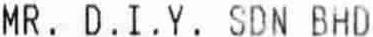
MR. D.I.Y. SDN BHD